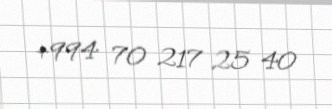
+994 70 217 25 40